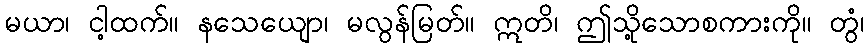
မယာ၊ ငါ့ထက်။ နသေယျော၊ မလွန်မြတ်။ ဣတိ၊ ဤသို့သောစကားကို။ တွံ၊